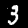
Digit: 3